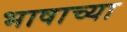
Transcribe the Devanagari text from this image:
भाषाच्या